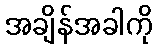
အချိန်အခါကို